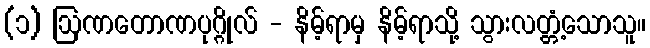
(၁) ဩဏတောဏပုဂ္ဂိုလ် - နိမ့်ရာမှ နိမ့်ရာသို့ သွားလတ္တံ့သောသူ။